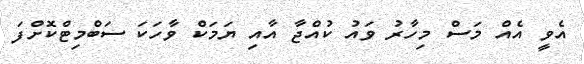
އެވީ އެއް މަސް މިހާރު ވައު ކުއްޖާ އާއި ޔަމަކް ވާހަކަ ސަބްމިޓްކޮށްފަ